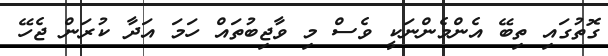
ގޮތުގައި ތިބޭ އެންމެންނަކީ ވެސް މި ވާޖިބުތައް ހަމަ އަދާ ކުރަން ޖެހޭ